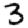
Digit: 3